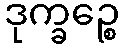
ဒုက္ခဉ္စေ